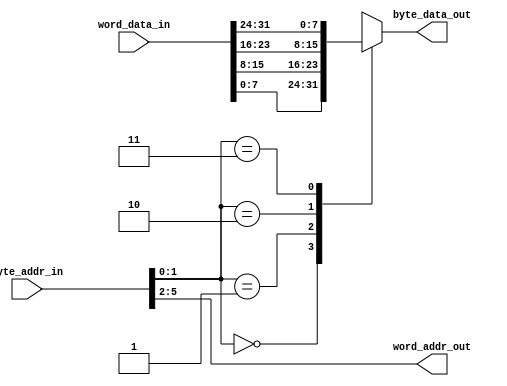
module word_to_byte #(
   parameter BYTE_ADDR_WIDTH = 6) // Width of the byte-level address; default to 6 address bits (64 bytes)
(
   input  wire [BYTE_ADDR_WIDTH-1:0] byte_addr_in,
   output reg  [7:0]                 byte_data_out,
   output reg  [BYTE_ADDR_WIDTH-3:0] word_addr_out,
   input  wire [31:0]                word_data_in);
   
   always @(*) begin
      word_addr_out = byte_addr_in[BYTE_ADDR_WIDTH-1:2];
      case (byte_addr_in[1:0])
         2'b00: byte_data_out = word_data_in[7:0];
         2'b01: byte_data_out = word_data_in[15:8];
         2'b10: byte_data_out = word_data_in[23:16];
         2'b11: byte_data_out = word_data_in[31:24];
      endcase
   end
   
endmodule